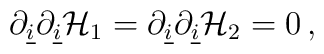
\partial_{\underline{i}}\partial_{\underline{i}} {\cal H}_{1}=\partial_{\underline{i}}\partial_{\underline{i}} {\cal H}_{2}= 0\, ,